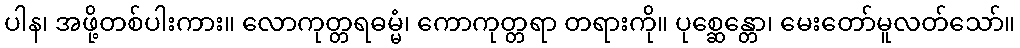
ပါန၊ အဖို့တစ်ပါးကား။ လောကုတ္တရဓမ္မံ၊ ကောကုတ္တရာ တရားကို။ ပုစ္ဆေန္တော၊ မေးတော်မူလတ်သော်။